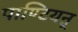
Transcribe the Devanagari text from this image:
पाण्टियऩ्